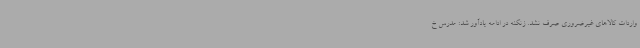
واردات کالاهای غیرضروری صرف نشد. زنگنه در ادامه یادآور شد: مدرس خ